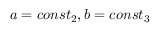
a = c o n s t _ { 2 } , b = c o n s t _ { 3 }